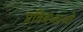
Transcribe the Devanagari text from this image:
प्रतिबंध्ताओ